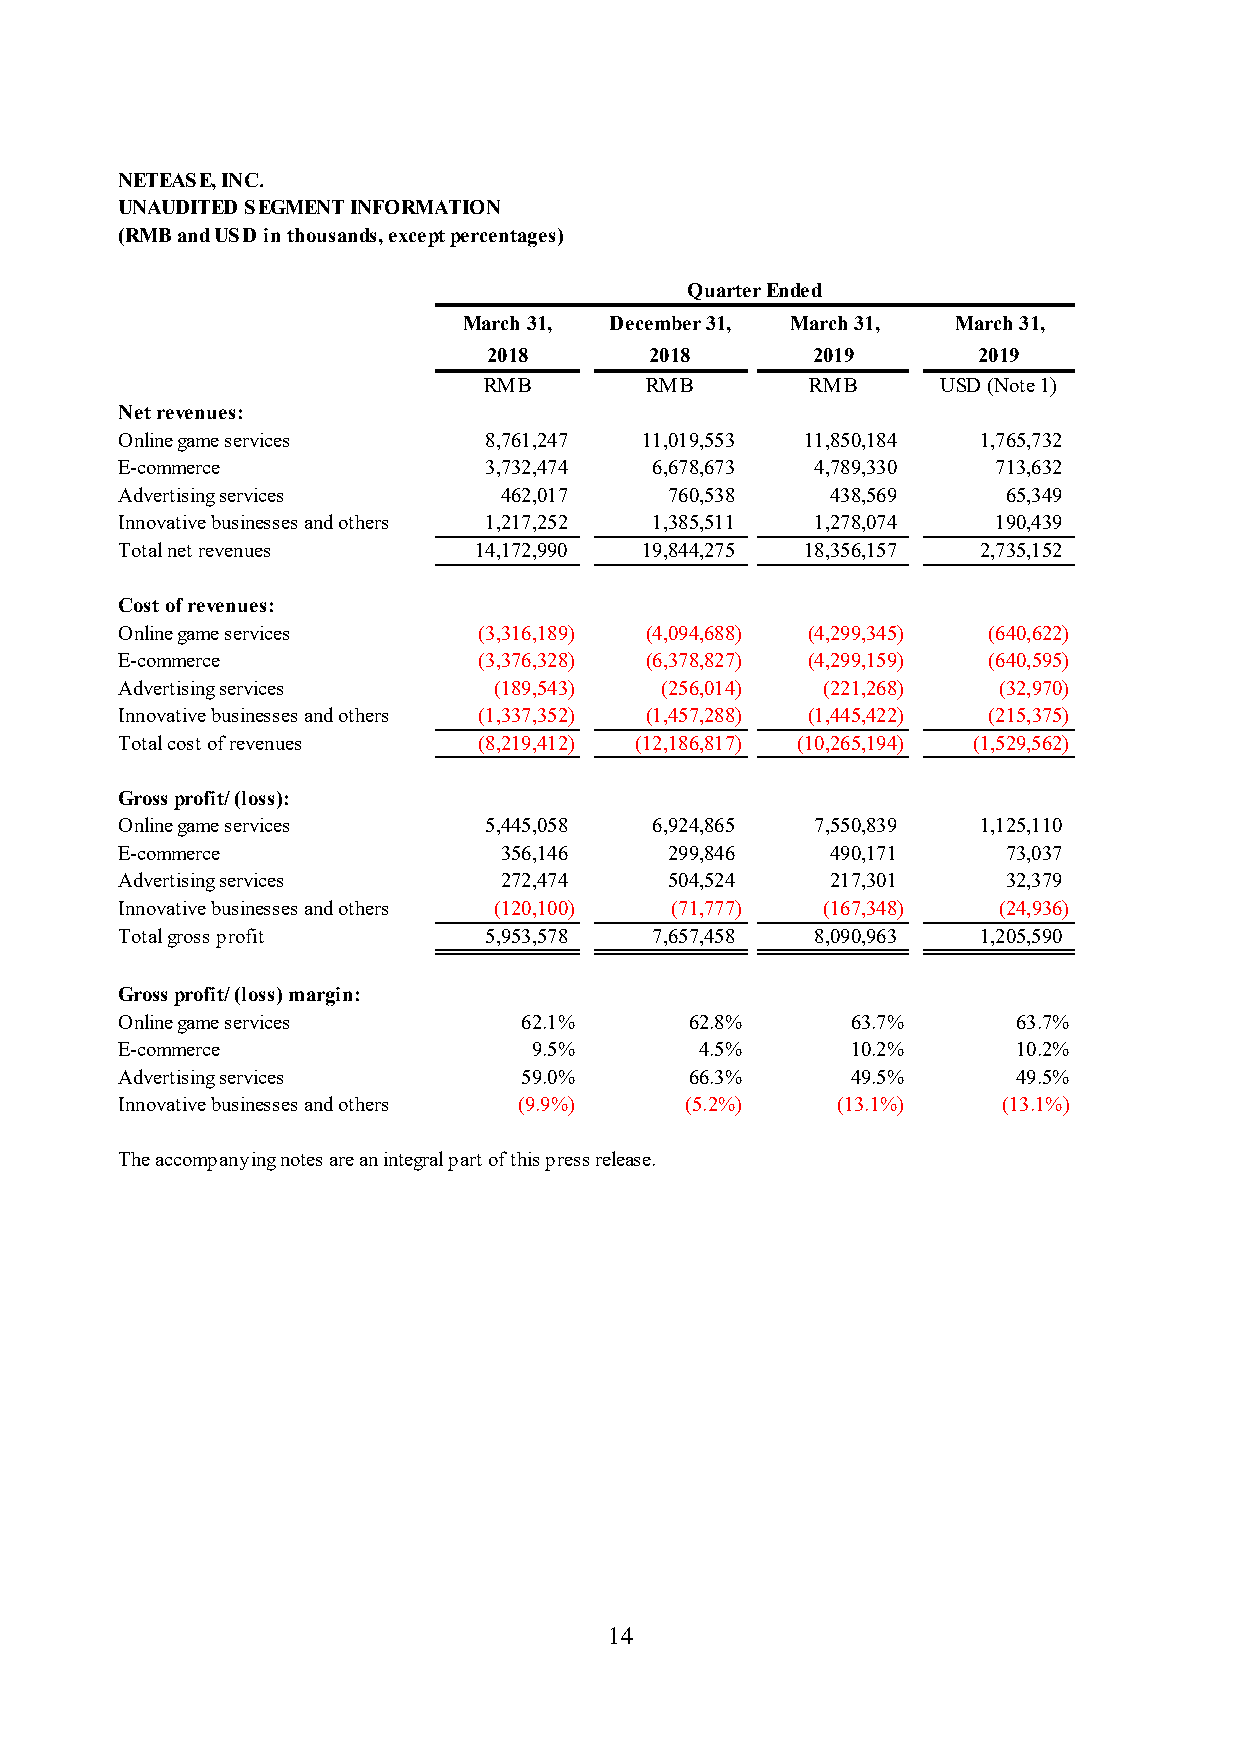
NETEASE, INC.
 UNAUDITED SEGMENT INFORMATION
 (RMB and USD in thousands, except percentages)
 Quarter Ended
 March 31, December 31, March 31, March 31,
 2018       2018       2019       2019
 RMB        RMB        RMB     USD (Note 1)
 Net revenues:
 Online game services    8,761,247 1 1,019,553 11,850,184 1,765,732
 E-commerce              3,732,474  6 ,678,673 4,789,330   713,632
 Advertising services     462,017    7 60,538   438,569     65,349
 Innovative businesses and others 1,217,252 1 ,385,511 1,278,074 190,439
 Total net revenues     14,172,990 1 9,844,275 18,356,157 2,735,152
 Cost of revenues:
 Online game services    ( 3,316,189) (4,094,688) (4,299,345) (640,622)
 E-commerce              ( 3,376,328) (6,378,827) (4,299,159) (640,595)
 Advertising services     ( 189,543) (256,014) (221,268)   (32,970)
 Innovative businesses and others ( 1,337,352) (1,457,288) (1,445,422) (215,375)
 Total cost of revenues  ( 8,219,412) (12,186,817) (10,265,194) (1,529,562)
 Gross profit/ (loss):
 Online game services    5,445,058  6 ,924,865 7,550,839  1,125,110
 E-commerce               356,146    2 99,846   490,171     73,037
 Advertising services     272,474    5 04,524   217,301     32,379
 Innovative businesses and others ( 120,100) (71,777) (167,348) (24,936)
 Total gross profit      5,953,578  7 ,657,458 8,090,963  1,205,590
 Gross profit/ (loss) margin:
 Online game services       62.1%      62.8%     63.7%      63.7%
 E-commerce                 9.5%       4.5%      10.2%      10.2%
 Advertising services       59.0%      66.3%     49.5%      49.5%
 Innovative businesses and others (9.9%) (5.2%) (13.1%)    (13.1%)
 The accompanying notes are an integral part of this press release.
 14